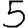
Digit: 5